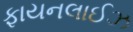
ફાયનલાઈઝ